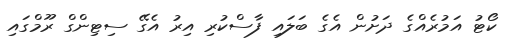
ކޯޓު އަމުރެއްގެ ދަށުން އެގެ ބަލައި ފާސްކުރި އިރު އެގޭ ސިޓިންގް ރޫމްގައި